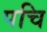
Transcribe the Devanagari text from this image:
पचि